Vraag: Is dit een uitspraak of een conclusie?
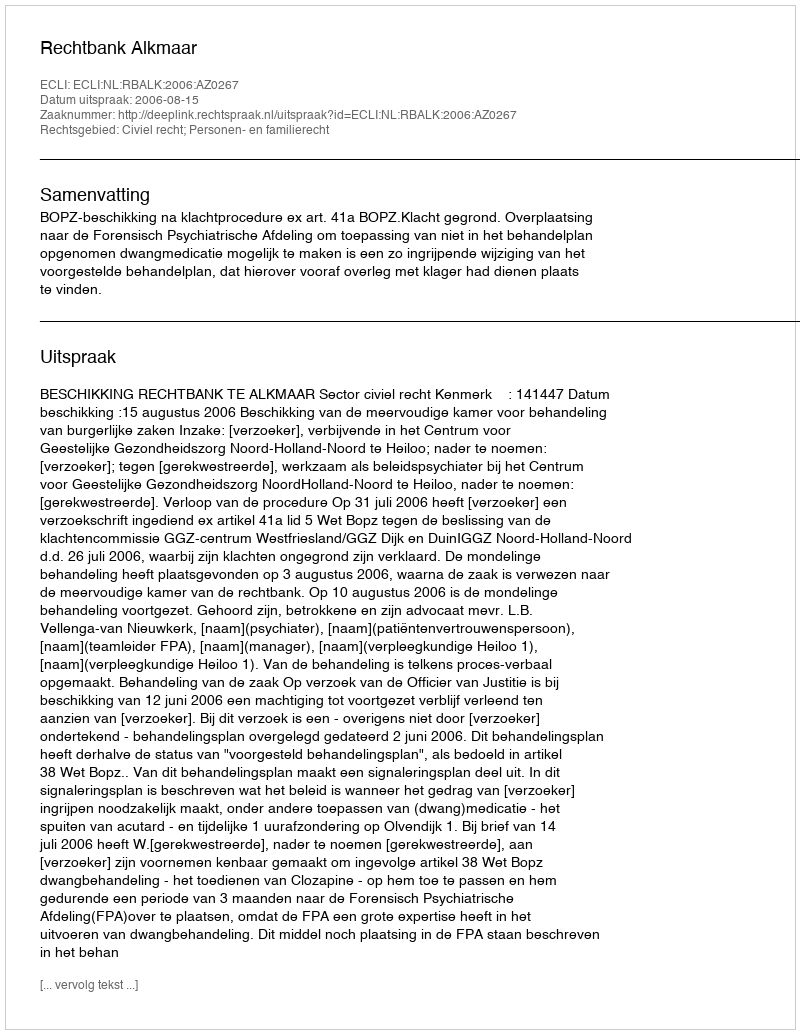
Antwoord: Uitspraak